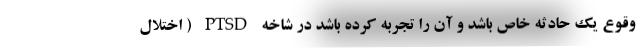
وقوع یک حادثه خاص باشد و آن را تجربه کرده باشد در شاخه PTSD ( اختلال